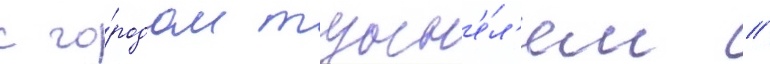
с го́родом тунн'е́л'ем /